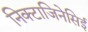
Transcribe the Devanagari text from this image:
निक्टाजिनेसिई